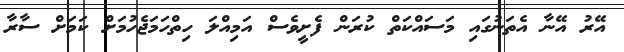
އޭރު އޭނާ އެތަނުގައި މަސައްކަތް ކުރަން ފެށީވެސް އަމިއްލަ ހިތްހަމަޖެހުމަށް ކަމަށް ސާރާ